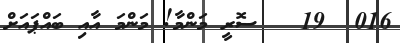
016  19   ސޮރީ މަންމާ! މަންމަ އާއި ބައްޕައަށް